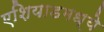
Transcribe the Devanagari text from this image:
एशियाडमध्ये